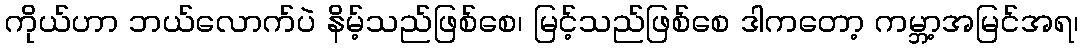
ကိုယ်ဟာ ဘယ်လောက်ပဲ နိမ့်သည်ဖြစ်စေ၊ မြင့်သည်ဖြစ်စေ ဒါကတော့ ကမ္ဘာ့အမြင်အရ၊